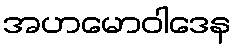
အဟမောဝါဒေန